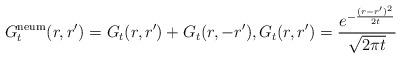
LaTeX: \begin{align*}G_t^{\rm neum}(r,r') = G_t(r,r') +G_t(r,-r'), G_t(r,r') = \frac{e^{- \frac{(r-r')^2}{2t}}}{\sqrt{2\pi t}} \end{align*}